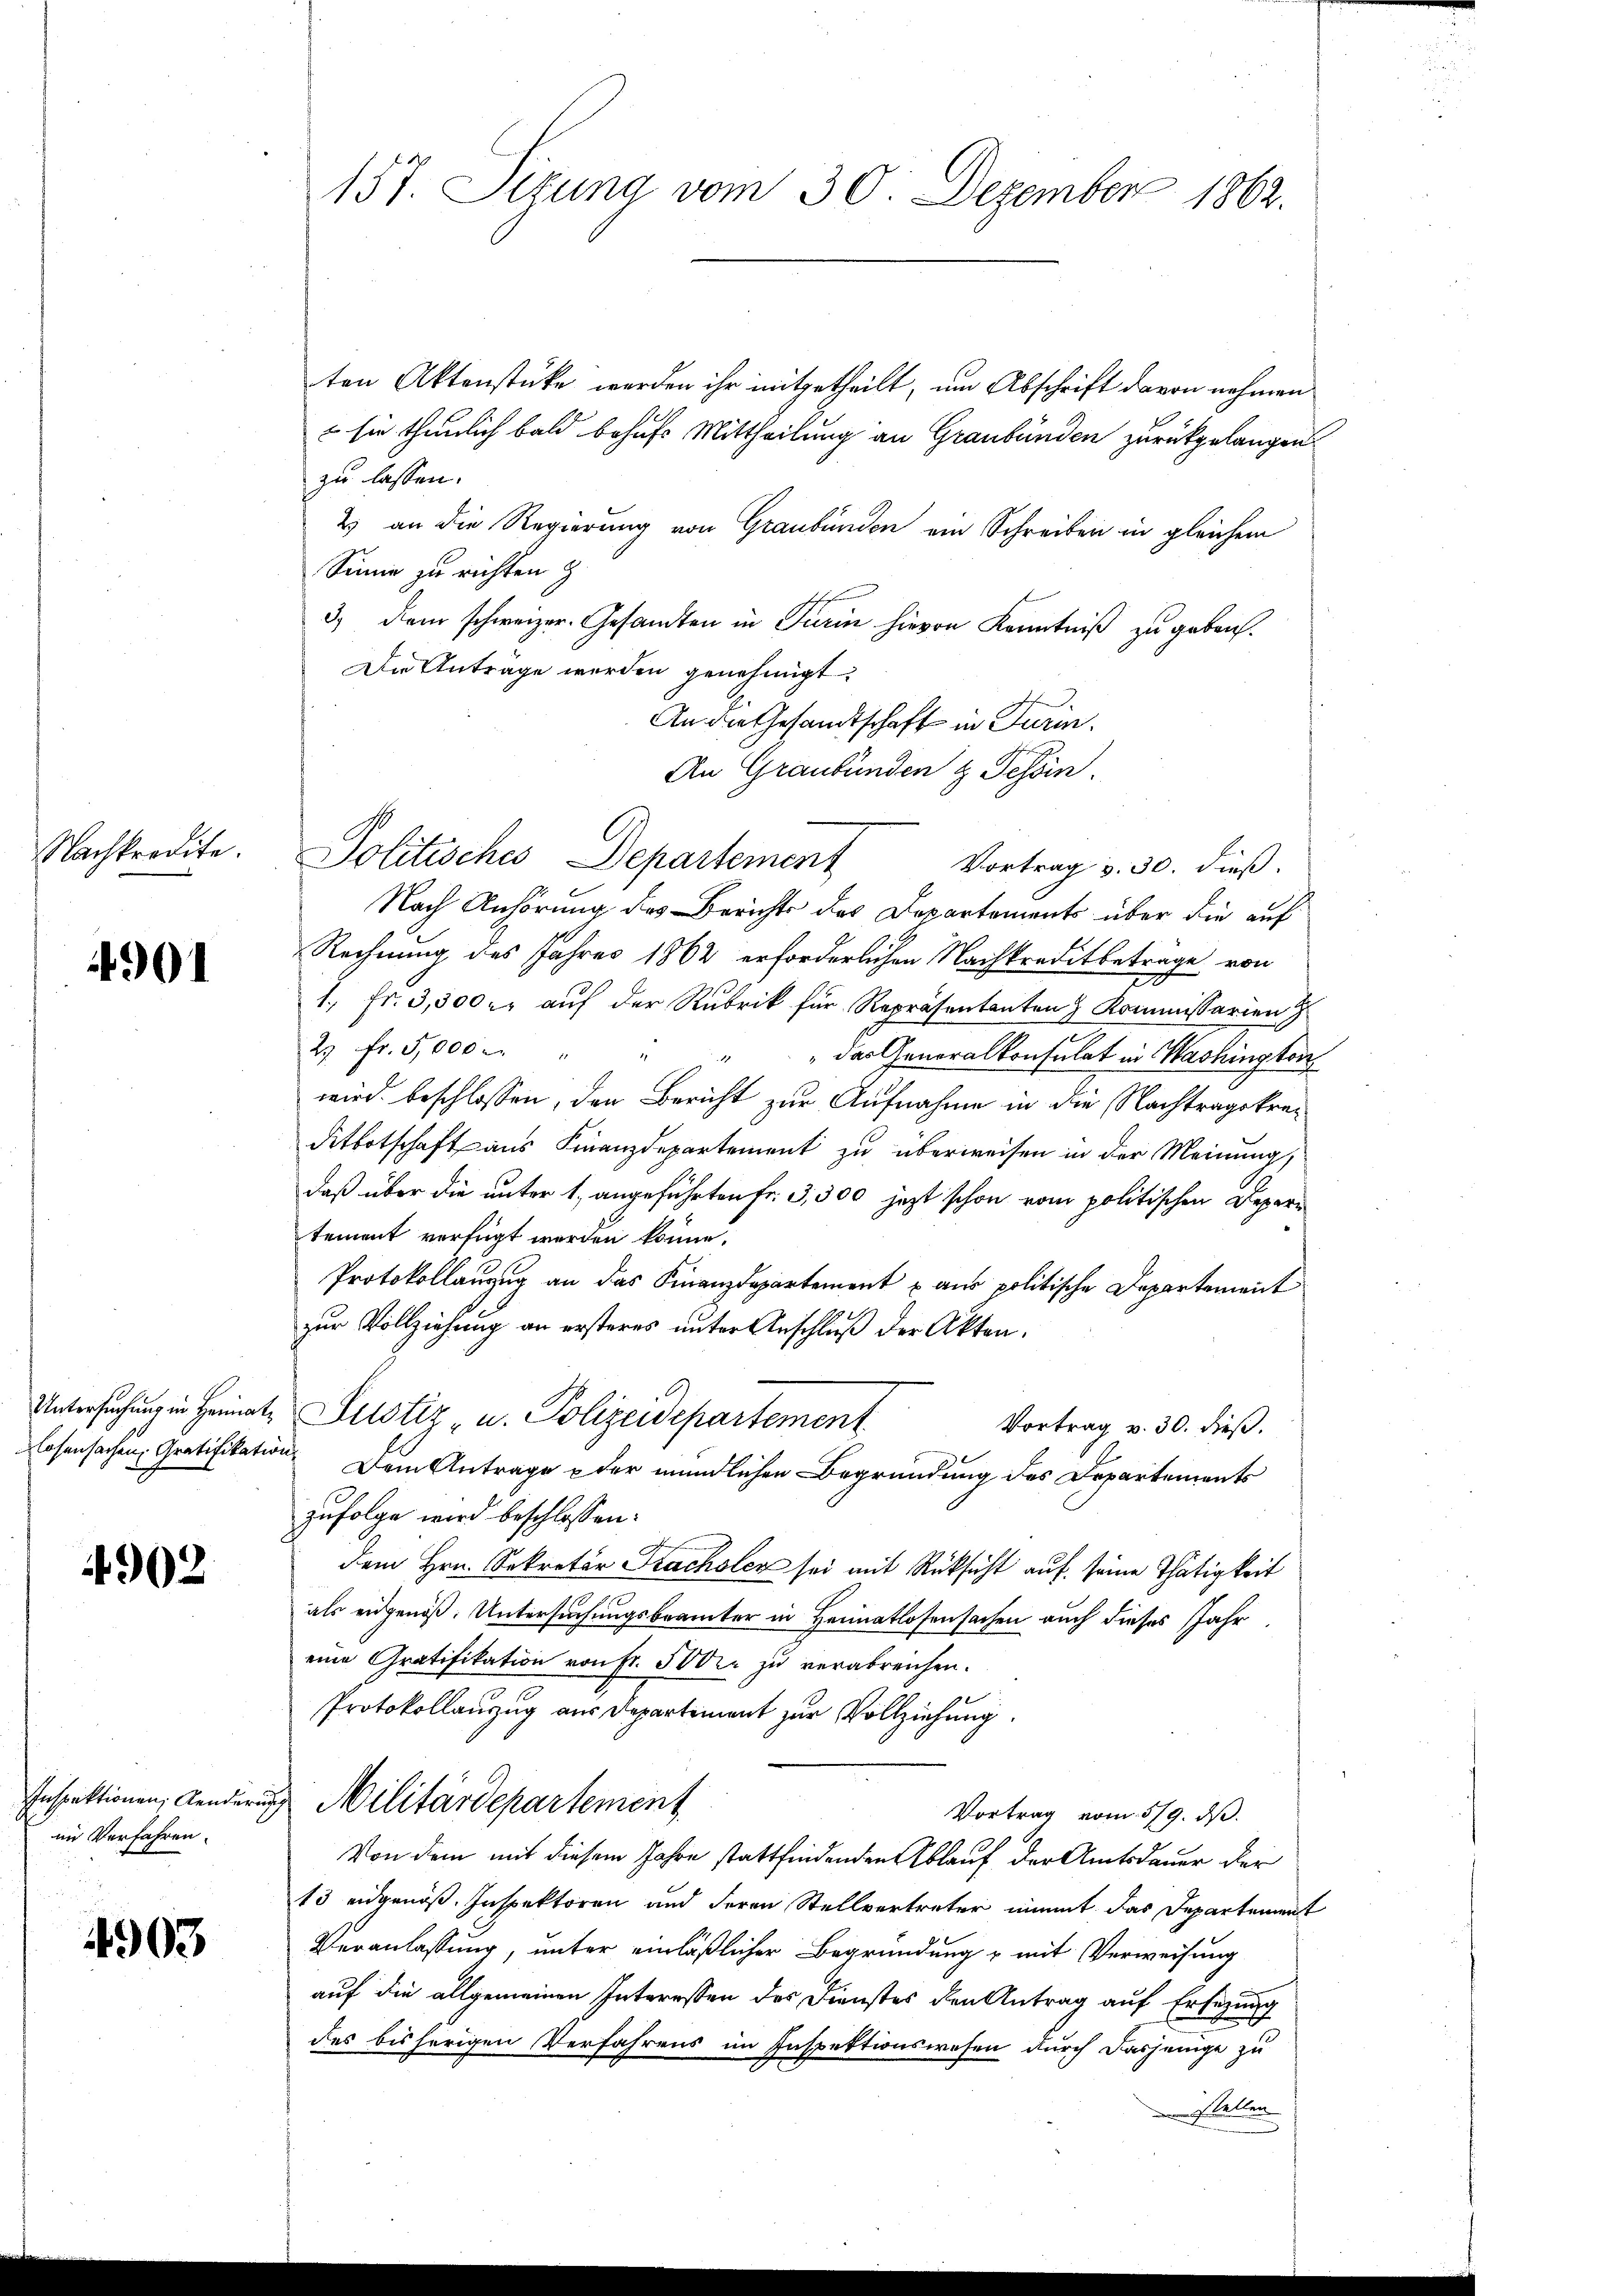
Nachkredite.

4901

Untersuchung in Heimatosensachen Gratifikatio

4902

Inspektionen, Aenderung
im Verfahren.

4903

157. Stzung vom 30. Dezember 1862.

Politisches Departement

ten Aktenstücke werden ihr mitgetheilt, um Abschrift davon nehmen
 sie thunlich bald behufs Mittheilung an Graubünden zurückgelangen.
zu lassen.
2) an die Regierung von Graubünden ein Schreiben in gleichem
Sinne zu richten z
3) dem schweizer. Gesandten in Turin hievon Kenntniß zu geben.
Die Antrage werden genehmigt.
An die Gesandtschaft in Turin.
An Graubünden & Tessin.
Vortrag v. 30. dieß.
Nach Anhörung des Berichts des Departements über die auf
Rechnung des Jahres 1862 erforderlichen Nachkraditbetrage von
1. fr. 3,500. aŭf der Rubrik für Repräsentanten Kommissarien
2 fr. 5,000 . " " " " das Generalkonsulat in Washington
wird beschlossen, den Bericht zur Aufnahme in die Nachtragskreditbotschaft aus Finanzdepartement zu überweisen in der Meinung,
daß über die unter 1, angeführten Fr. 3,500 jezt schon vom politischen Depar
tement verfügt werden könne.
Protokollanzug an das Finanzdepartement aus politische Departement
zur Vollziehung an ersteres unter Anschluß der Akten.
Justiz- u. Polizeidepartement
Vortrag v. 30. dieß.
 Dem Antrage der mündlichen Begründung des Departements
zufolge wird beschlossen:
dem Hrn. Sekretär Frachsler sei mit Rücksicht auf seine Thätigkeit
als eidgenöß. Untersuchungsbrämter in Heimatlosensachen auch dieses Jahr
eine Gratifikation von Fr. 50 der zu verabreichen.
Protokollanzug aus Departement zur Vollziehung.
Militärdepartement
Vortrag vom 519. ds.
Von dem mit diesem Jahre stattfindenden Ablauf der Amtsdauer der
13 eidgenöß. Inspektoren und deren Stellvertreter nimmt das Departement
Veranlassung, unter einläßlicher Begründung u mit Verweisung
auf die allgemeinen Interessen des Dienstes den Antrag auf Erlegung
des bisherigen Verfahrens im Inspektionswesen durch dasjenige zu
stellen